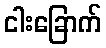
ငါးခြောက်